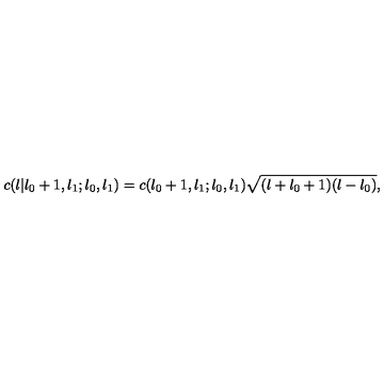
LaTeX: c ( l | l _ { 0 } + 1 , l _ { 1 } ; l _ { 0 } , l _ { 1 } ) = c ( l _ { 0 } + 1 , l _ { 1 } ; l _ { 0 } , l _ { 1 } ) \sqrt { ( l + l _ { 0 } + 1 ) ( l - l _ { 0 } ) } ,